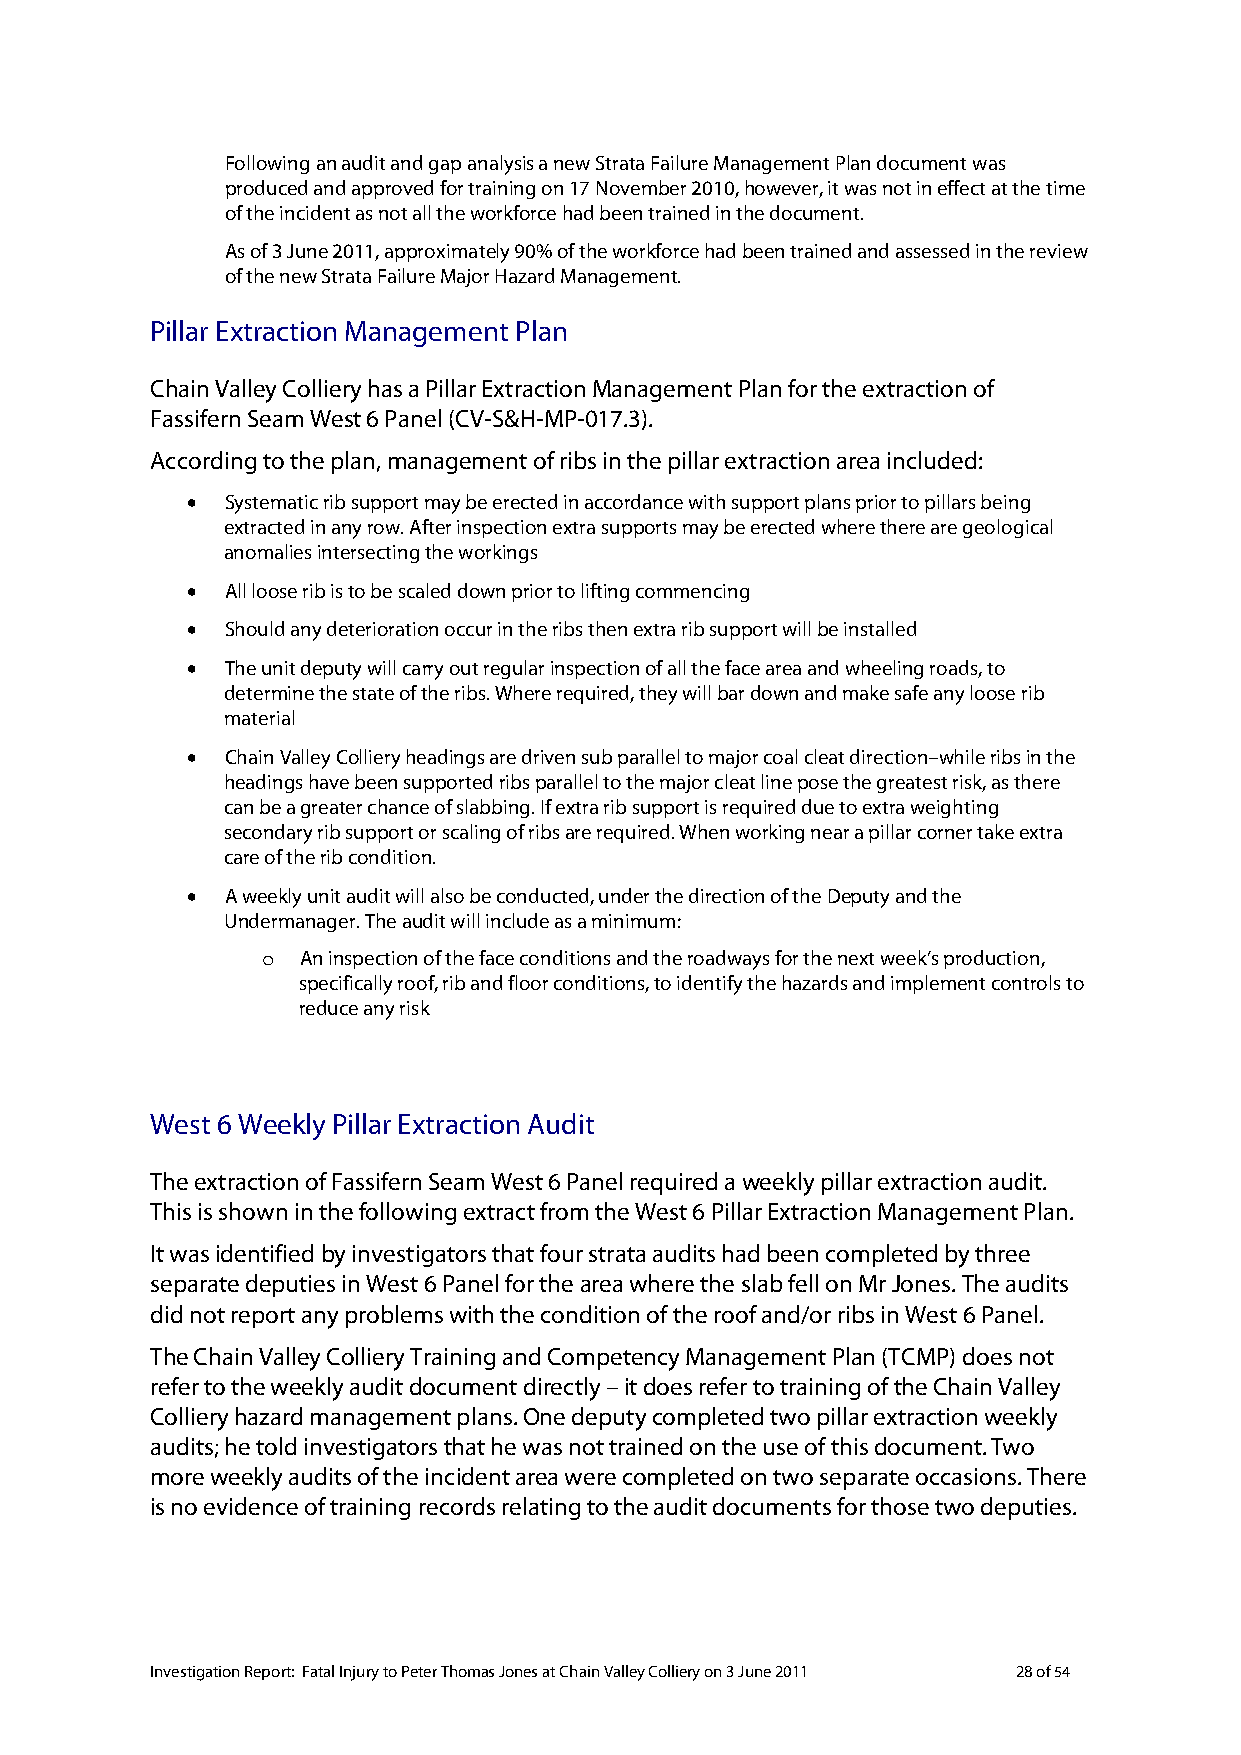
Following an audit and gap analysis a new Strata Failure Management Plan document was
 produced and approved for training on 17 November 2010, however, it was not in effect at the time
 of the incident as not all the workforce had been trained in the document.
 As of 3 June 2011, approximately 90% of the workforce had been trained and assessed in the review
 of the new Strata Failure Major Hazard Management.
 Pillar Extraction Management Plan
 Chain Valley Colliery has a Pillar Extraction Management Plan for the extraction of
 Fassifern Seam West 6 Panel (CV-S&H-MP-017.3).
 According to the plan, management of ribs in the pillar extraction area included:
 •  Systematic rib support may be erected in accordance with support plans prior to pillars being
 extracted in any row. After inspection extra supports may be erected where there are geological
 anomalies intersecting the workings
 •  All loose rib is to be scaled down prior to lifting commencing
 •  Should any deterioration occur in the ribs then extra rib support will be installed
 •  The unit deputy will carry out regular inspection of all the face area and wheeling roads, to
 determine the state of the ribs. Where required, they will bar down and make safe any loose rib
 material
 •  Chain Valley Colliery headings are driven sub parallel to major coal cleat direction–while ribs in the
 headings have been supported ribs parallel to the major cleat line pose the greatest risk, as there
 can be a greater chance of slabbing. If extra rib support is required due to extra weighting
 secondary rib support or scaling of ribs are required. When working near a pillar corner take extra
 care of the rib condition.
 •  A weekly unit audit will also be conducted, under the direction of the Deputy and the
 Undermanager. The audit will include as a minimum:
 An inspection of the face conditions and the roadways for the next week’s production,
 o
 specifically roof, rib and floor conditions, to identify the hazards and implement controls to
 reduce any risk
 West 6 Weekly Pillar Extraction Audit
 The extraction of Fassifern Seam West 6 Panel required a weekly pillar extraction audit.
 This is shown in the following extract from the West 6 Pillar Extraction Management Plan.
 It was identified by investigators that four strata audits had been completed by three
 separate deputies in West 6 Panel for the area where the slab fell on Mr Jones. The audits
 did not report any problems with the condition of the roof and/or ribs in West 6 Panel.
 The Chain Valley Colliery Training and Competency Management Plan (TCMP) does not
 refer to the weekly audit document directly – it does refer to training of the Chain Valley
 Colliery hazard management plans. One deputy completed two pillar extraction weekly
 audits; he told investigators that he was not trained on the use of this document. Two
 more weekly audits of the incident area were completed on two separate occasions. There
 is no evidence of training records relating to the audit documents for those two deputies.
 Investigation Report: Fatal Injury to Peter Thomas Jones at Chain Valley Colliery on 3 June 2011 28 of 54